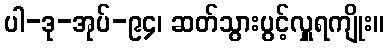
ပါ-ဒု-အုပ်-၉၄၊ ဆတ်သွားပွင့်လှူရကျိုး။